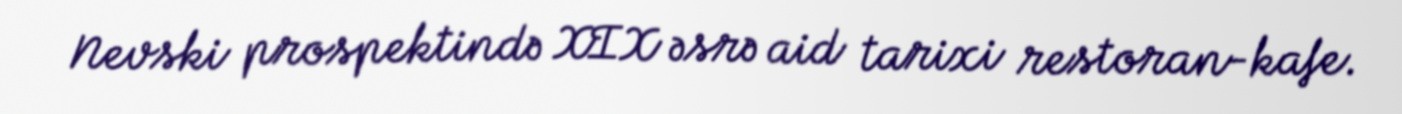
Nevski prospektində XIX əsrə aid tarixi restoran-kafe.